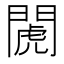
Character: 𨵘